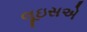
લૂઇસએ